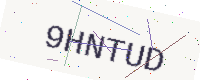
Text: 9HNTUD